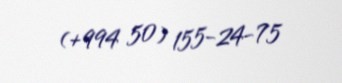
(+994 50) 155-24-75